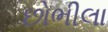
છોભીલા